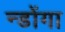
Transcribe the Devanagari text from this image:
न्डोंगा